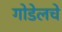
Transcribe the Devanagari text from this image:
गोडेलचे